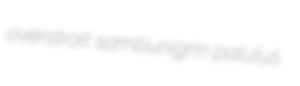
overstrait sambunigrin palulus